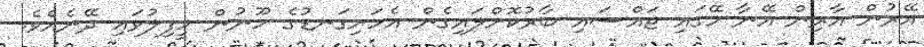
އޭރުން އާރިން އޭނާ މޭގައި ޖައްސައި ބާރުކޮށްލައިގެން އެހަށިގަނޑުގެ ހޫނުން ހީފިލުވައި ދޭނެއެވެ.